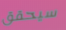
سيحقق